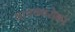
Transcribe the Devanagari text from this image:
याचबबरोबर